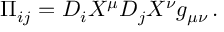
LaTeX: \Pi _ { i j } = D _ { i } X ^ { \mu } D _ { j } X ^ { \nu } g _ { \mu \nu } \, .